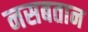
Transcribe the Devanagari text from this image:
नसबतान